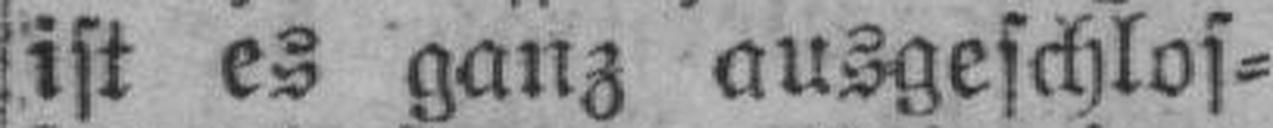
ist es ganz ausgeschlos¬